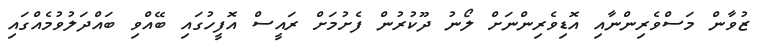
ޒުވާން މަސްވެރިންނާއި އޮޑިވެރިންނަށް ލޯނު ދޫކުރުން ފެށުމަށް ރައީސް އޮފީހުގައި ބޭއްވި ބައްދަލުވުމެއްގައި